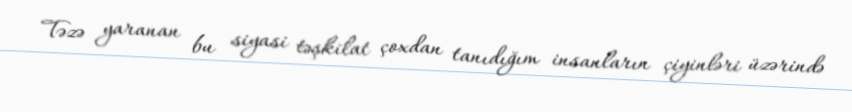
Təzə yaranan bu siyasi təşkilat çoxdan tanıdığım insanların çiyinləri üzərində